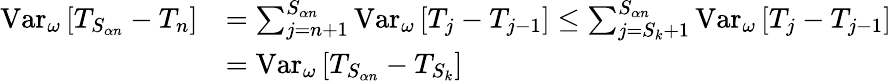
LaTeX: \begin{array}{rl}{\mathrm{Var}_{\omega}\left[T_{S_{\alpha n}}-T_{n}\right]}&{=\sum_{j=n+1}^{S_{\alpha n}}\mathrm{Var}_{\omega}\left[T_{j}-T_{j-1}\right]\leq\sum_{j={S_{k}}+1}^{S_{\alpha n}}\mathrm{Var}_{\omega}\left[T_{j}-T_{j-1}\right]}\\ &{=\mathrm{Var}_{\omega}\left[T_{S_{\alpha n}}-T_{S_{k}}\right]}\end{array}